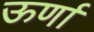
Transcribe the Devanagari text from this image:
ऊर्णा